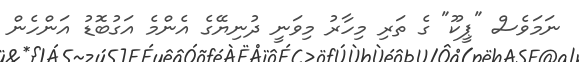
ނަމަވެސް "ޕީކޫ" ގެ ތަރި މިހާރު މިވަނީ ދުނިޔޭގެ އެންމެ އަގުބޮޑު އަންހެން